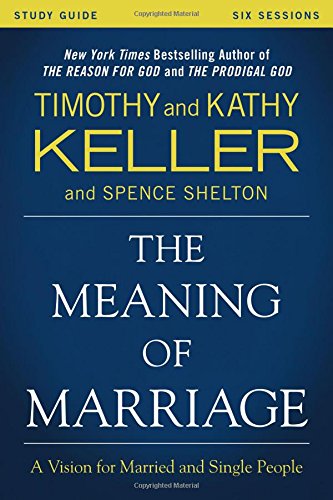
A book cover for The Meaning of Marriage Study Guide with DVD: A Vision for Married and Single People; Timothy Keller; Christian Books & Bibles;